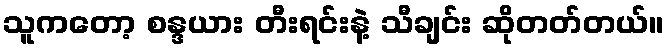
သူကတော့ စန္ဒယား တီးရင်းနဲ့ သီချင်း ဆိုတတ်တယ်။